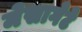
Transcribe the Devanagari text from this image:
मेसागेटे